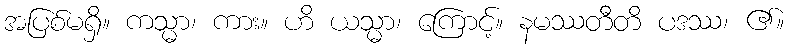
အပြစ်မရှိ။ ကသ္မာ၊ ကား။ ဟိ ယသ္မာ၊ ကြောင့်။ နမဿတီတိ ပဒဿ၊ ၏။